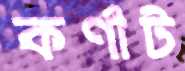
কর্ণাট